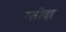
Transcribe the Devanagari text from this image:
रसीदा